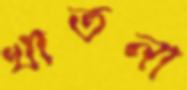
খাতনা